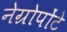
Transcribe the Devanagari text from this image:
नेग्रोपोंटे